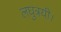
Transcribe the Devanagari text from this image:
लघुत्रयी।